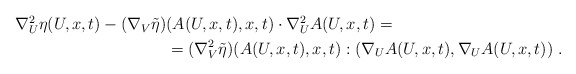
\begin{align*}\begin{aligned}\nabla^2_U \eta (U,x,t) - (\nabla_V \tilde{\eta} )& (A(U,x,t),x,t) \cdot \nabla^2_U A(U,x,t)= \\&=(\nabla_V^2 \tilde{\eta})(A(U,x,t),x,t) : ( \nabla_U A(U,x,t) , \nabla_U A(U,x,t) ) \;.\end{aligned}\end{align*}